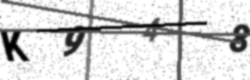
Text: K948